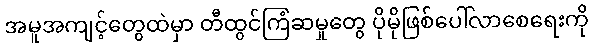
အမူအကျင့်တွေထဲမှာ တီထွင်ကြံဆမှုတွေ ပိုမိုဖြစ်ပေါ်လာစေရေးကို